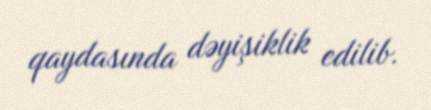
qaydasında dəyişiklik edilib.